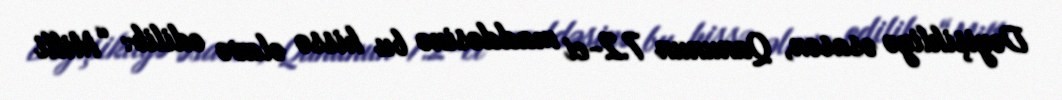
Dəyişikliyə əsasən, Qanunun 7.2-ci maddəsinə bu hissə əlavə edilib: “Milli